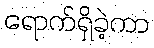
ရောက်ရှိခဲ့ကာ